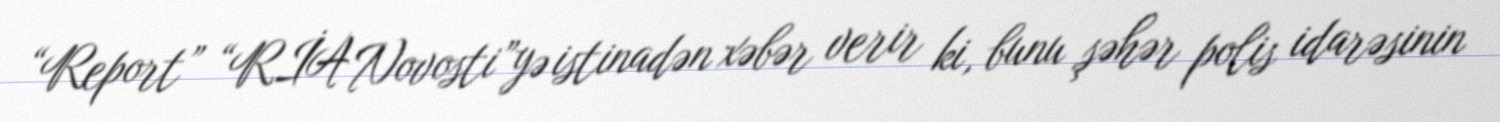
“Report” “RİA Novosti”yə istinadən xəbər verir ki, bunu şəhər polis idarəsinin